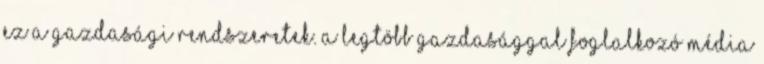
ez a gazdasági rendszeretek. A legtöbb gazdasággal foglalkozó média